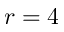
r = 4